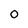
Character: 0